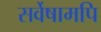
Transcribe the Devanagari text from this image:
सर्वेषामपि